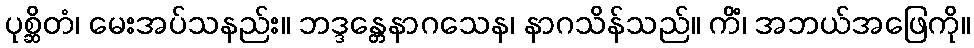
ပုစ္ဆိတံ၊ မေးအပ်သနည်း။ ဘဒ္ဒန္တေနာဂသေန၊ နာဂသိန်သည်။ ကိံ၊ အဘယ်အဖြေကို။